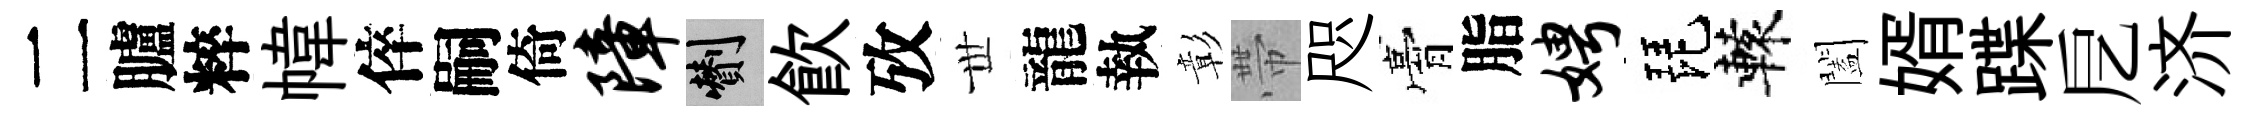
二臚粹幃倅嗣倚障剪飮攷𠀍龍執彰帶咫膏脂娉琵轅闔婿蹀戹济